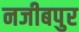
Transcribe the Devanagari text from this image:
नजीबपुर